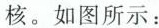
核。如图所示：